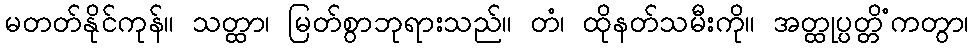
မတတ်နိုင်ကုန်။ သတ္ထာ၊ မြတ်စွာဘုရားသည်။ တံ၊ ထိုနတ်သမီးကို။ အတ္ထုပ္ပတ္တိံကတွာ၊